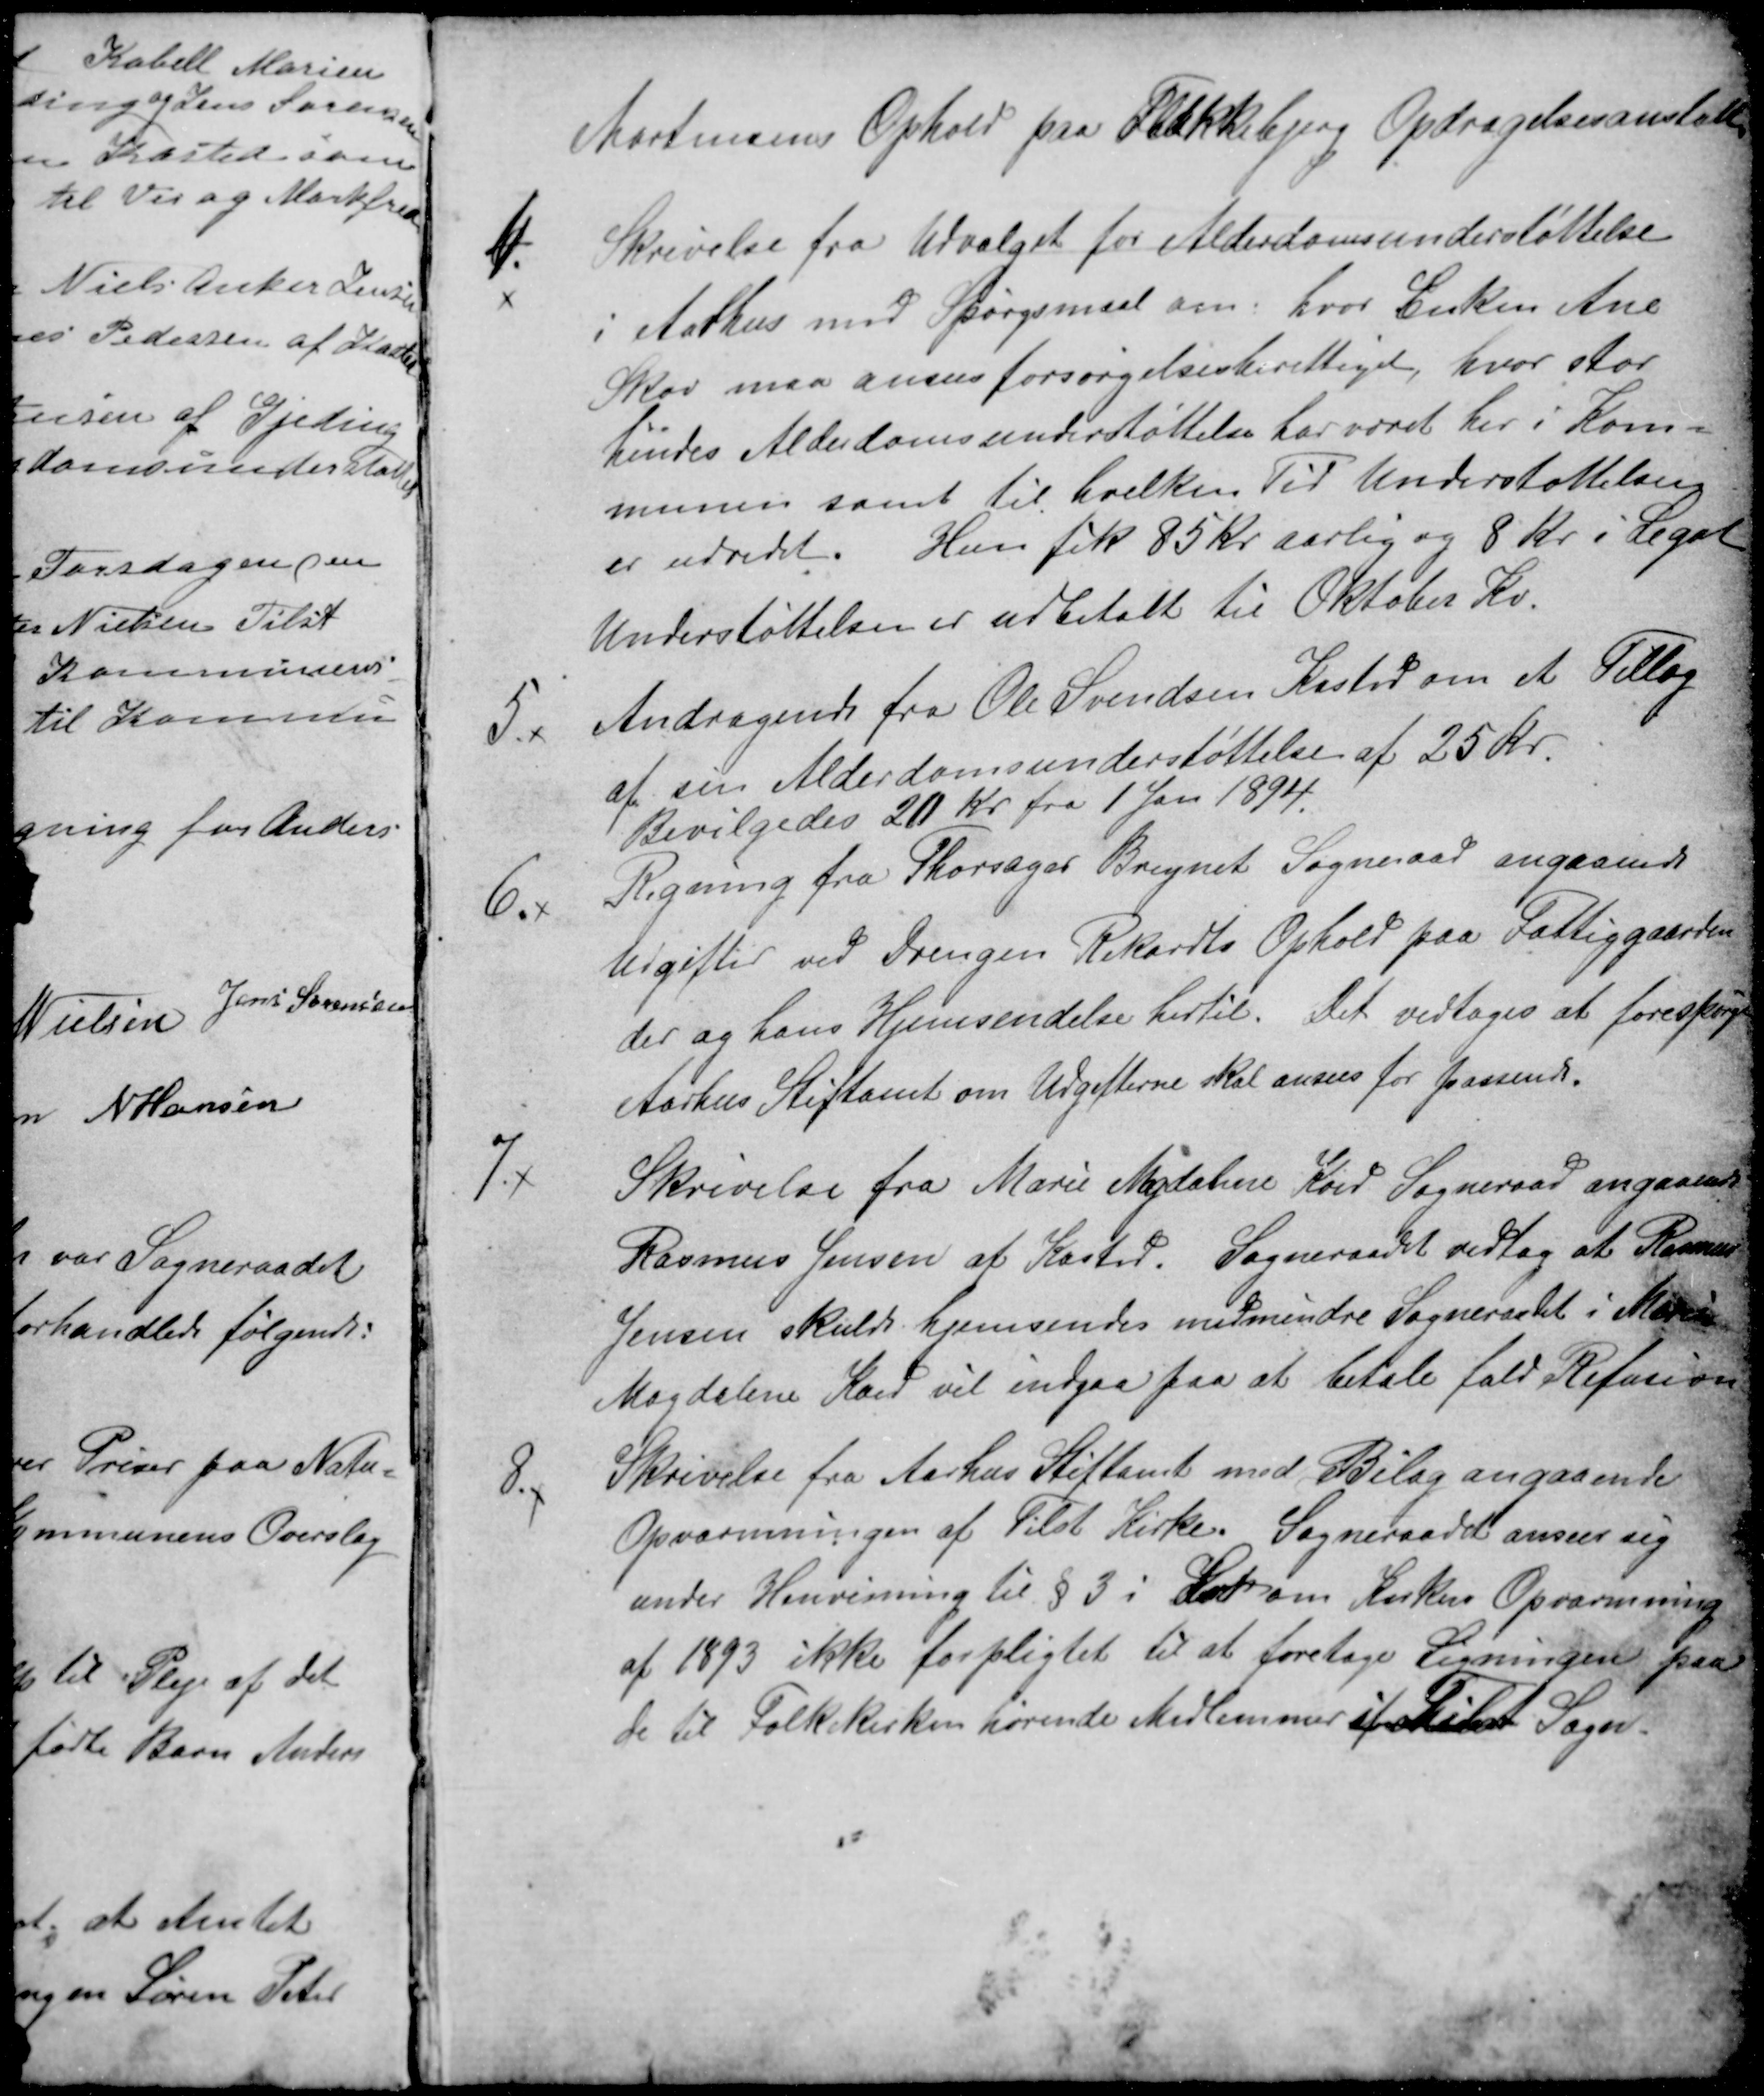
Transskription:
Mortensens Ophold paa Flakkebjerg Opdragelsesanstalt
4.
Skrivelse fra Udvalget for Alderdomsunderstøttelse
i Aarhus med Spørgsmaal om, hvor Enken Ane
Skov maa ansees forsørgelsesberettiget, hvor stor
hendes Alderdomsunderstøttelse har været her i Kom-
munen samt til hvilken Tid Understøttelsen
er udredt. Hun fik 85 kr. aarlig og 8 Kr. i Legat
Understøttelsen er udbetalt til Oktober Kv.
5.x
Andragende fra Ole Svendsen Kasted om et Tillæg
af sin Alderdomsunderstøttelse af 25 Kr.
Bevilgedes 20 kr. fra 1 Jan 1894.
6.x
Regning fra Thorsager Bregnet Sogneraad angaaende
Udgifter ved Drengen Rikardts Ophold paa Fattiggaarden
der og hans Hjemsendelse hertil. Det vedtoges at forespørge
Aarhus Stiftamt om Udgifterne skal ansees for passende.
7.x
Skrivelse fra Marie Magdalene Koed Sogneraad angaaende
Rasmus Jensen af Kasted. Sogneraadet vedtog at Rasmus
Jensen skulde hjemsendes medmindre Sogneraadet i Marie
Magdalene Koed vil indgaa paa at betale fuld Refusion
8.x
Skrivelse fra Aarhus Stiftamt med Bilag angaaende
Opvarmningen af Tilst Kirke. Sogneraadet anseer sig
under Henvisning til § 3 i Lov om Kirkers Opvarmning
af 1893 ikke forpligtet til at foretage Ligningen paa
de til Folkekirken hørende Medlemmer af Tilst Sogn.